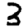
Digit: 3